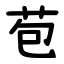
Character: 苞